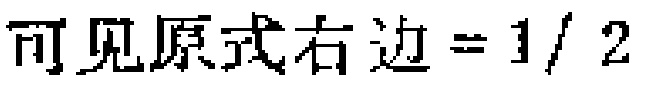
可见原式右边=$1/2$